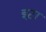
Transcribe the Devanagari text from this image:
इटा